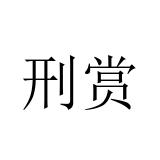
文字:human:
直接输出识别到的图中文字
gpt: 刑赏